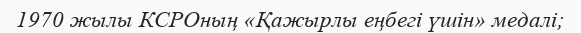
1970 жылы КСРОның «Қажырлы еңбегі үшін» медалі;